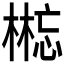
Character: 𰘘